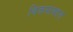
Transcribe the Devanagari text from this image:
विक्रमाबद्दल